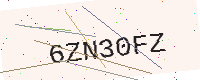
Text: 6ZN30FZ